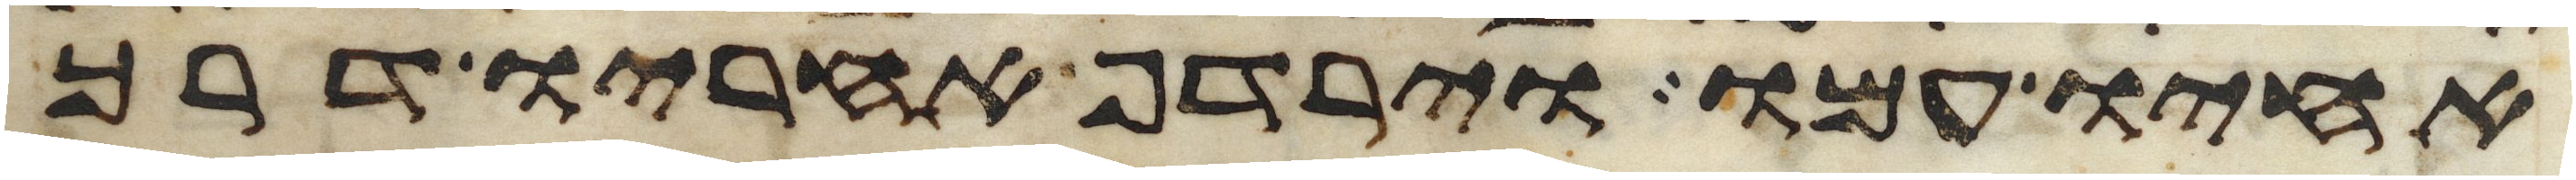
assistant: אחיו עמו וירדף אחריו דרך